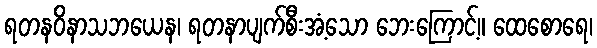
ရတနဝိနာသဘယေန၊ ရတနာပျက်စီးအံ့သော ဘေးကြောင့်။ ထေစောရေ၊